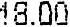
18.00